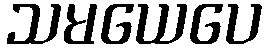
သမယေပေ